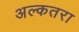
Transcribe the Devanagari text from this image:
अल्कतरा